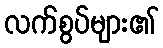
လက်စွပ်များ၏